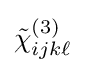
{\tilde {\chi }}_{ijk\ell }^{(3)}